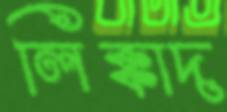
লিক্কাদ